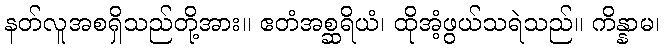
နတ်လူအစရှိသည်တို့အား။ ဧတံအစ္ဆရိယံ၊ ထိုအံ့ဖွယ်သရဲသည်။ ကိန္နာမ၊